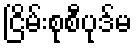
ငြိမ်းစုစီပုဒ်မ